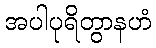
အပါပုရိတွာနဟံ